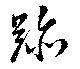
跡